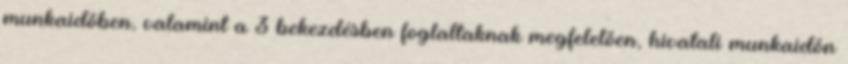
munkaidőben, valamint a 3 bekezdésben foglaltaknak megfelelően, hivatali munkaidőn